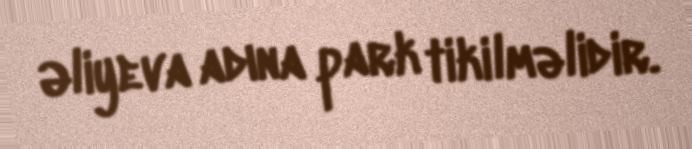
Əliyeva adına park tikilməlidir.